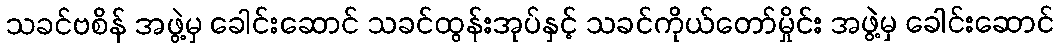
သခင်ဗစိန် အဖွဲ့မှ ခေါင်းဆောင် သခင်ထွန်းအုပ်နှင့် သခင်ကိုယ်တော်မှိုင်း အဖွဲ့မှ ခေါင်းဆောင်